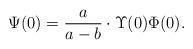
LaTeX: \begin{align*} \Psi(0)=\frac{a}{a-b}\cdot\Upsilon(0)\Phi(0).\end{align*}